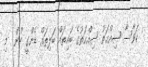
ކަވާސާ ޞިއްޙަތު ޞިއްޙަތުގެ ބައިތައް ބަލިތައް ޑެންގީ ހުން  މި